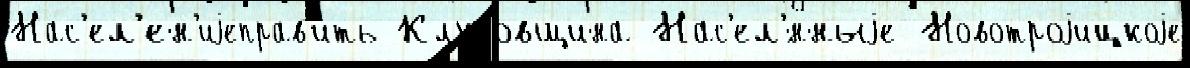
Нас'ел'ен'иjеправ'ить Клубовщина Нас'ел'́нныjе Новотроjицкоjе